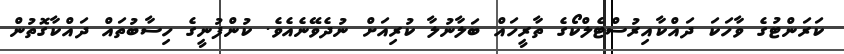
ކަރަންޓުގެ ވާހަކަ ދައްކާއިރުސްޓެލްކޯގެ ތާރީހައް ބަލާނުލާ ކުރިއަށް ނުދެވޭނެއެވެ. ކުންފުނީގެ ހިސާބުތައް ދައްކާގޮތުން